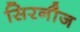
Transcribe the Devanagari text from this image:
सिरनौज